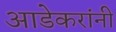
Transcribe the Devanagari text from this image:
आडेकरांनी